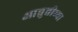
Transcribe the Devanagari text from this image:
आव्रुत्तीच्या